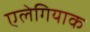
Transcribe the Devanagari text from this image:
एलेगियाक